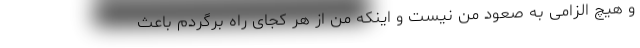
و هیچ الزامی به صعود من نیست و اینکه من از هر کجای راه برگردم باعث